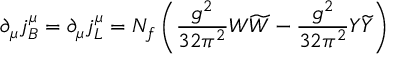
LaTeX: \partial _ { \mu } j _ { B } ^ { \mu } = \partial _ { \mu } j _ { L } ^ { \mu } = N _ { f } \left( \frac { g ^ { 2 } } { 3 2 \pi ^ { 2 } } W \widetilde { W } - \frac { g ^ { 2 } } { 3 2 \pi ^ { 2 } } Y \widetilde { Y } \right)